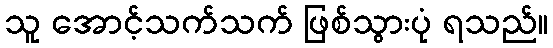
သူ အောင့်သက်သက် ဖြစ်သွားပုံ ရသည်။